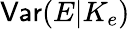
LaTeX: \mathsf{Var}(E|K_{e})